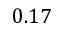
0 . 1 7